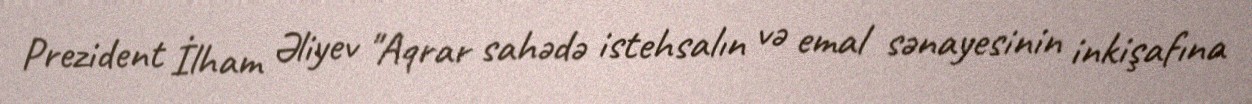
Prezident İlham Əliyev "Aqrar sahədə istehsalın və emal sənayesinin inkişafına